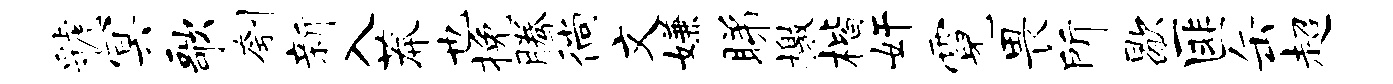
虢冥歌刳新入莽也挽腾徜文嫌睇檄楷奸霓畏所歇匪缶超